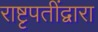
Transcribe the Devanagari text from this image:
राष्टृपतींद्वारा